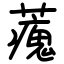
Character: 藱